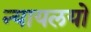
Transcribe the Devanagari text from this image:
न्यायलयो